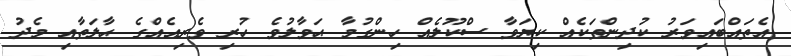
އެތައްބައިވަރު ކުދިންތަކެއް ކިޔަވާ ސްކޫލެއް ހިންގުމާ ޙަވާލުވެ ހުރި ވެރިއެއްގެ ޙާލަތާއި މެދު